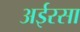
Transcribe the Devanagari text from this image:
अईरसा